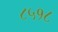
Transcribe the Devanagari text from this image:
८५१८